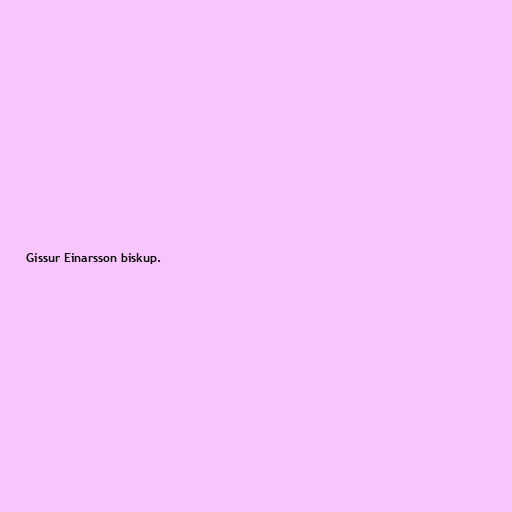
Gissur Einarsson biskup.